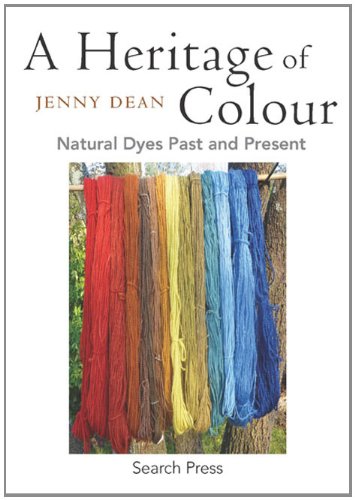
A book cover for A Heritage of Colour: Natural Dyes Past and Present; Jenny Dean; Crafts, Hobbies & Home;